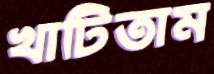
খাটিতাম